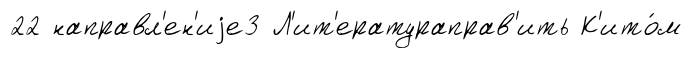
22 направл'ен'иjе3 Л'ит'ератураправ'ить К'ито́м